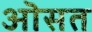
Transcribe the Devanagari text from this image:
ऒसत